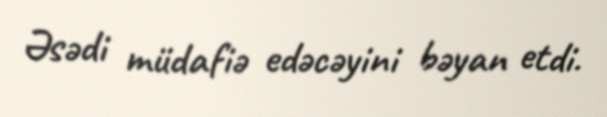
Əsədi müdafiə edəcəyini bəyan etdi.